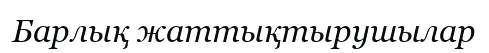
Барлық жаттықтырушылар